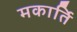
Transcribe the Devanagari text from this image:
मकार्ति